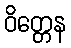
ဝိတ္တေန